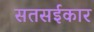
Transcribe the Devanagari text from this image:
सतसईकार